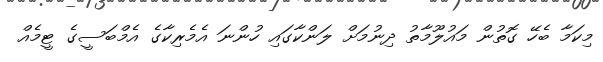
މިކަމާ ބެހޭ ގޮތުން މައުލޫމާތު ދިނުމަށް ލަންކާގައި ހުންނަ އެމެރިކާގެ އެމްބަސީގެ ޓީމެއް